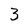
Character: 3